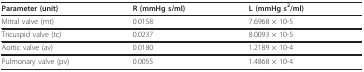
<table><thead><tr><td><b>Parameter (unit)</b></td><td><b>R (mmHg s/ml)</b></td><td><b>L (mmHg s<sup>2</sup>/ml)</b></td></tr></thead><tbody><tr><td>Mitral valve (mt)</td><td>0.0158</td><td>7.6968 × 10-5</td></tr><tr><td>Tricuspid valve (tc)</td><td>0.0237</td><td>8.0093 × 10-5</td></tr><tr><td>Aortic valve (av)</td><td>0.0180</td><td>1.2189 × 10-4</td></tr><tr><td>Pulmonary valve (pv)</td><td>0.0055</td><td>1.4868 × 10-4</td></tr></tbody></table>